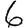
Digit: 6